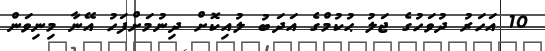
10 އަހަރު ދުވަހުގެ ޖަލު ޙުކުމްގެ އަދަބު ލުއިކޮށް ދިނުމަށްފަހު އޭނާ މިނިވަން